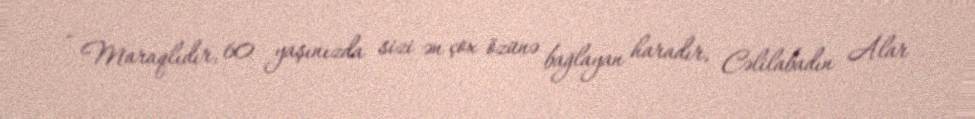
- Maraqlıdır, 60 yaşınızda sizi ən çox özünə bağlayan haradır, Cəlilabadın Alar